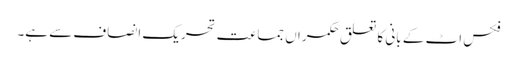
فکس اٹ کے بانی کا تعلق حکمراں جماعت تحریک انصاف سے ہے۔